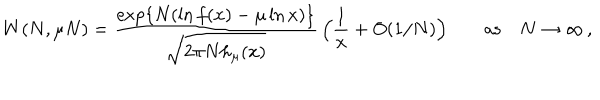
W ( N , \mu N ) = \frac { \exp \{ N ( \ln f ( x ) - \mu \ln x ) \} } { \sqrt { 2 \pi N h _ { \mu } ( x ) } } \, \Bigl ( \frac { 1 } { x } + O ( 1 / N ) \Bigr ) \qquad \mathrm { a s } \quad N \rightarrow \infty \, ,